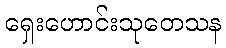
ရှေးဟောင်းသုတေသန